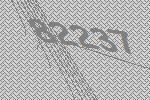
82237